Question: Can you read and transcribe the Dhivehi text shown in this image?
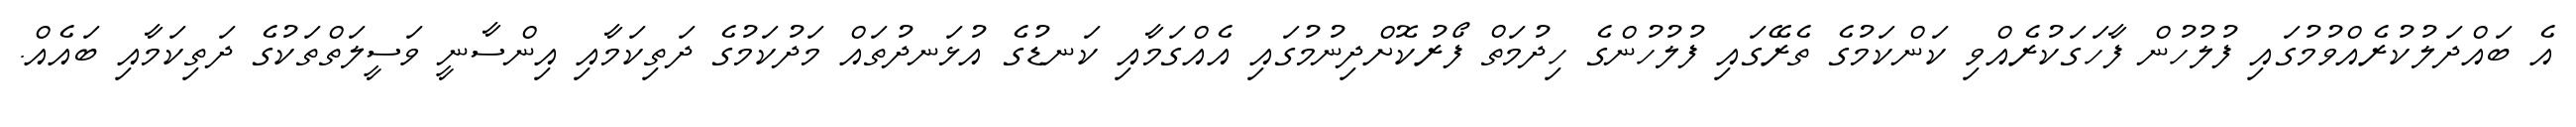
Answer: އެ ބައްދަލުކުރެއްވުމުގައި ފުލުހުން ފާހަގަކުރެއްވި ކަންކަމުގެ ތެރޭގައި ފުލުހުންގެ ހިދުމަތް ފޯރުކޮށްދިނުމުގައި އެއްގަމާއި ކަނޑުގެ އުޅަނދުތައް މަދުކަމުގެ ދަތިކަމާއި އިންސާނީ ވަސީލަތްތަކުގެ ދަތިކަމާއި ބައެއް.